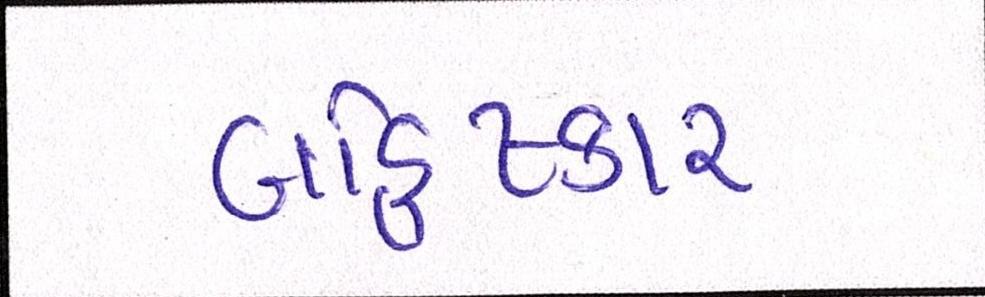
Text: બહિષ્કાર